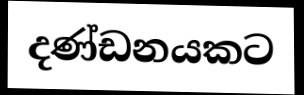
දණ්ඩනයකට